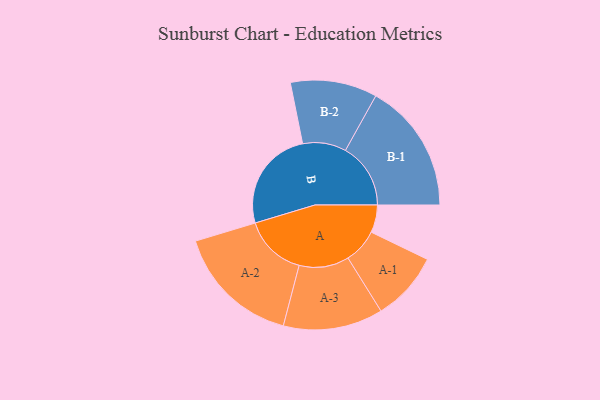
{"axis": {"x": "Segment", "y": "Value"}, "legend": ["", "A", "B"], "data": [{"x": "A", "y": 119, "type": ""}, {"x": "B", "y": 440, "type": ""}, {"x": "A-1", "y": 149, "type": "A"}, {"x": "A-2", "y": 270, "type": "A"}, {"x": "A-3", "y": 215, "type": "A"}, {"x": "B-1", "y": 281, "type": "B"}, {"x": "B-2", "y": 187, "type": "B"}]}